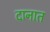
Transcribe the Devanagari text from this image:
दानात